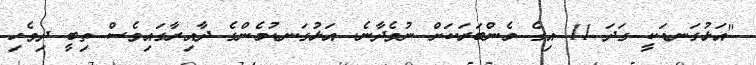
"އަޅުގަނޑަކީ ގަދަ 11 އިގެ މެންބަރަކަށް ނުވެދާނެ. އަޅުގަނޑުމެންގެ ދާއިރާގައިވެސް ތިބީ ދިވެހި